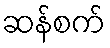
ဆန်စက်